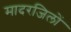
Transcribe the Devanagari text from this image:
मादरजिलों